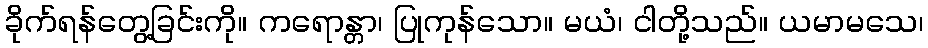
ခိုက်ရန်တွေ့ခြင်းကို။ ကရောန္တာ၊ ပြုကုန်သော။ မယံ၊ ငါတို့သည်။ ယမာမသေ၊